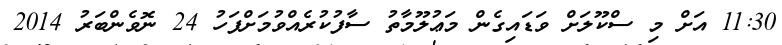
11:30 އަށް މި ސްކޫލަށް ވަޑައިގެން މަޢުލޫމާތު ސާފުކުރެއްވުމަށްފަހު 24 ނޮވެންބަރު 2014